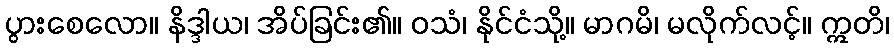
ပွားစေလော။ နိဒ္ဒါယ၊ အိပ်ခြင်း၏။ ဝသံ၊ နိုင်ငံသို့။ မာဂမိ၊ မလိုက်လင့်။ ဣတိ၊